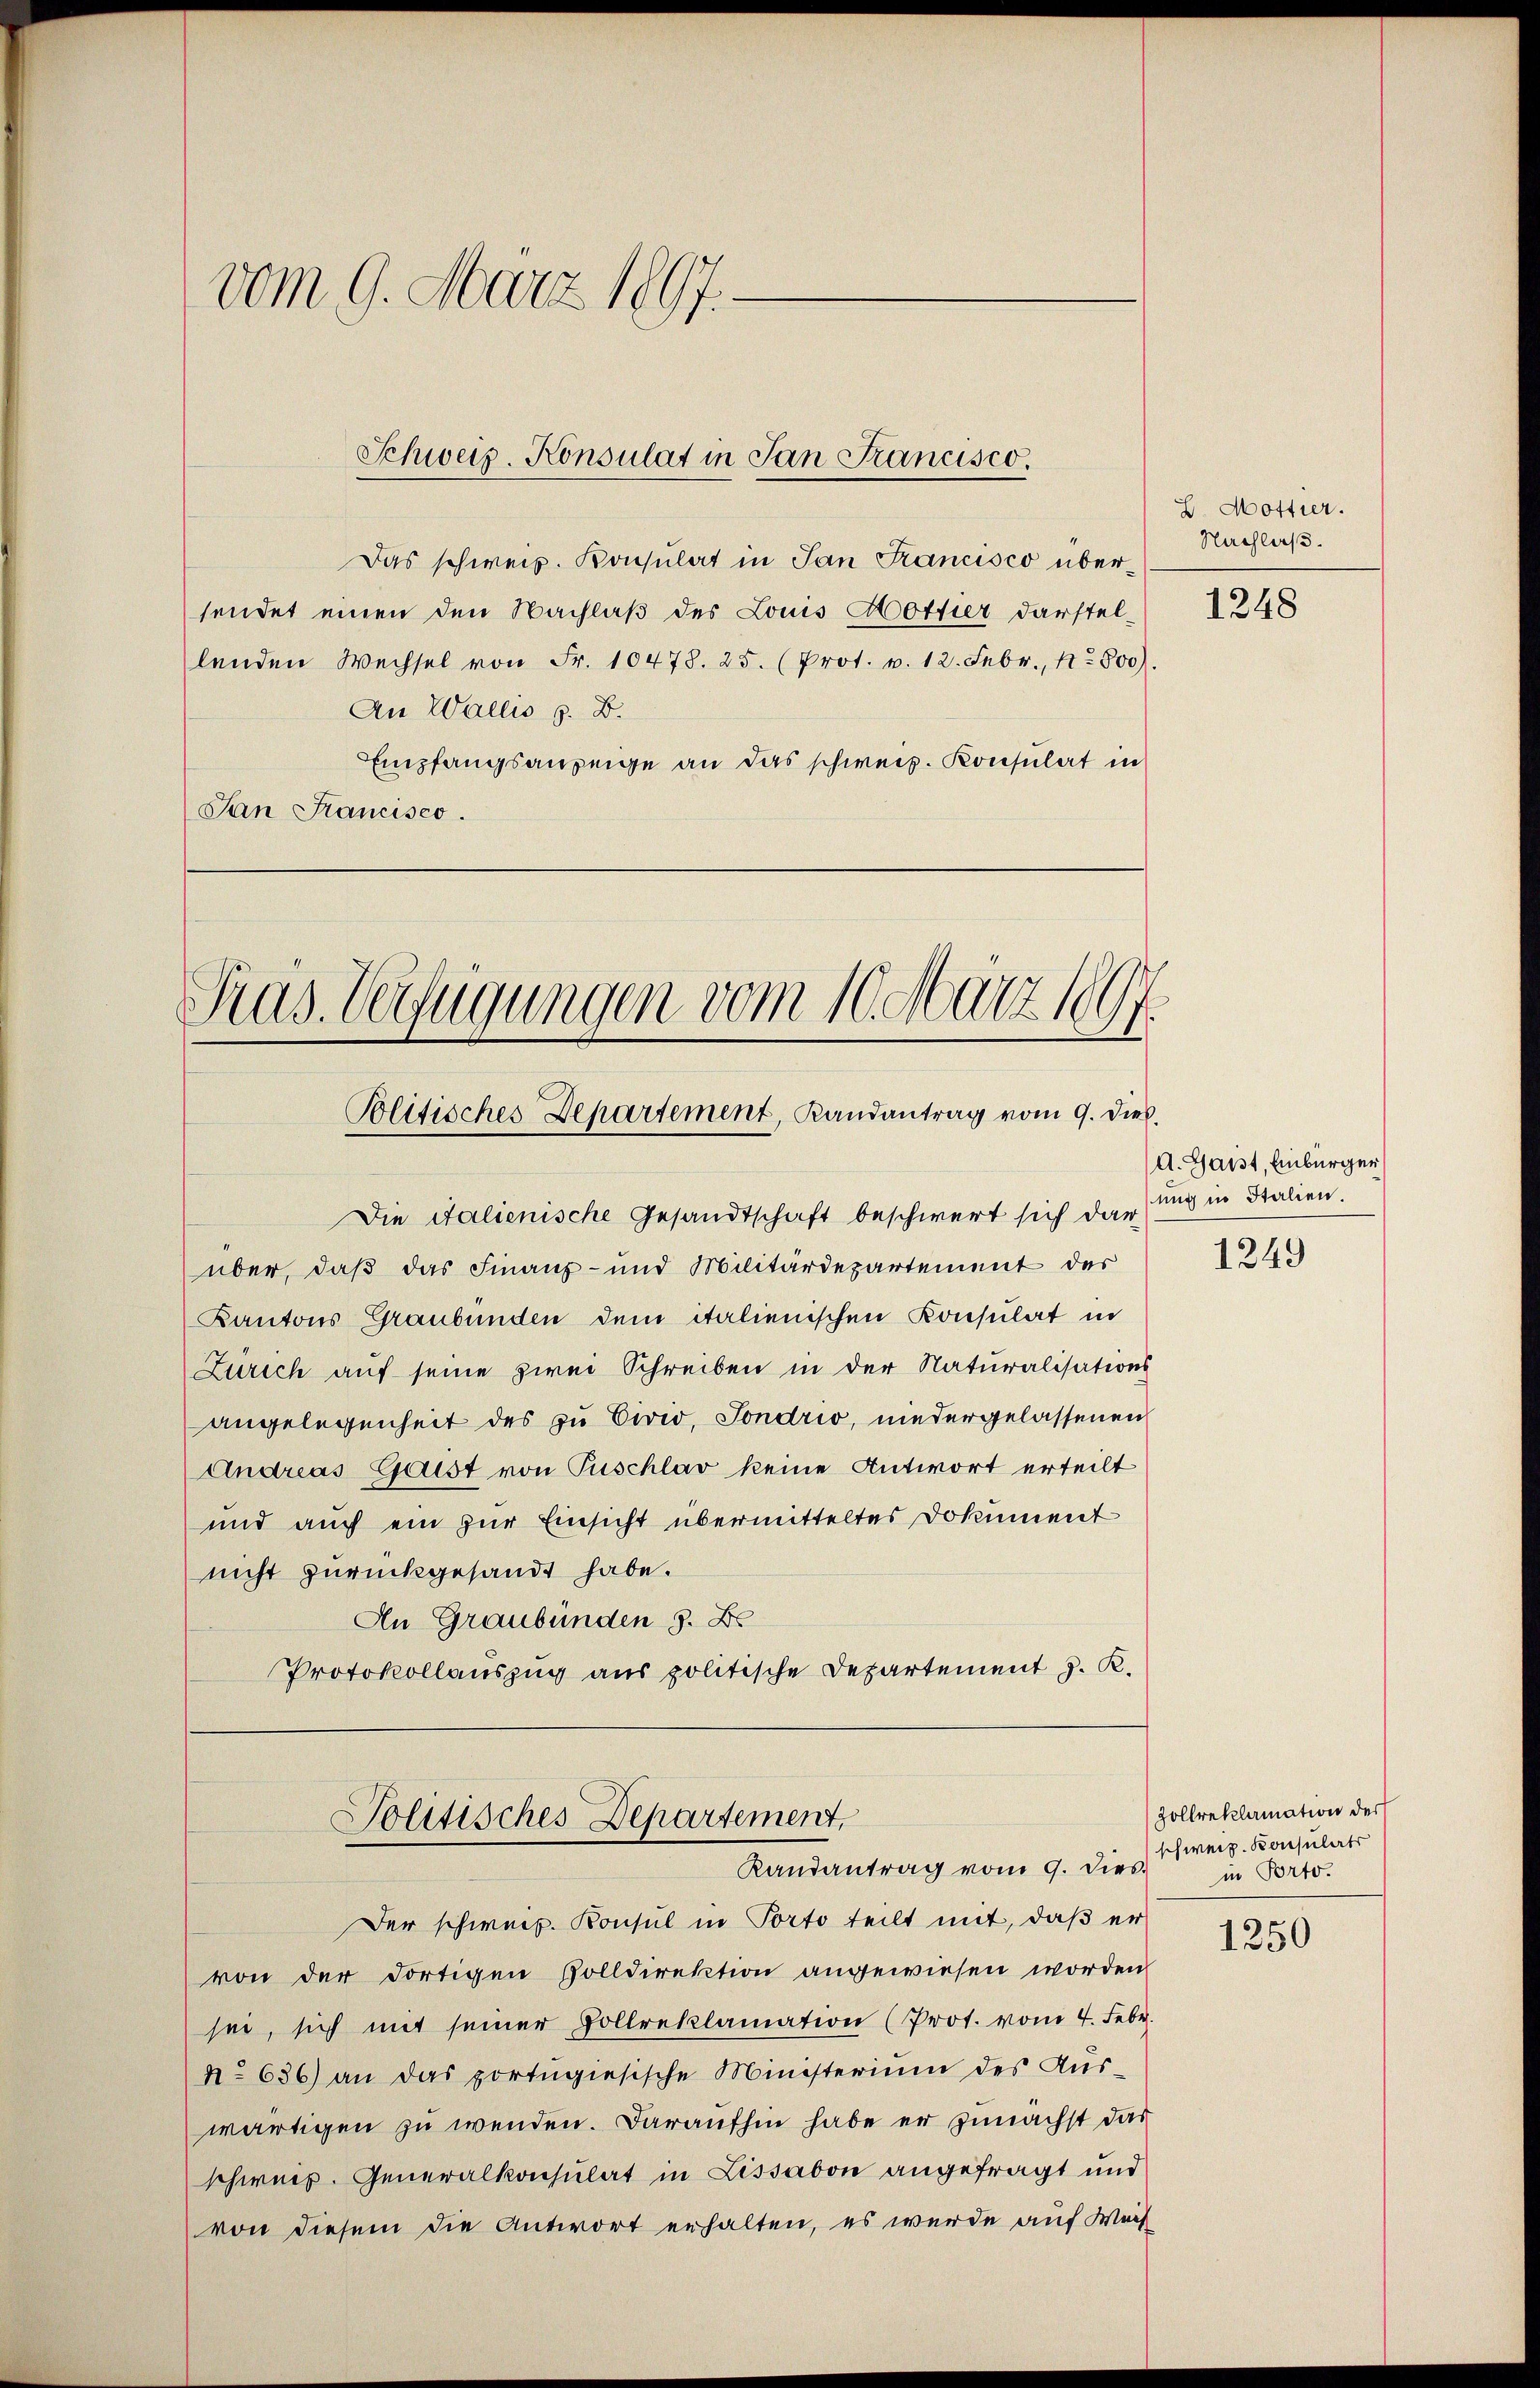
vom 9. März 1897.

Schweiz. Konsulat in San Francisco

Das schweiz. Konsulat in San Francisco übersendet einen den Nachlaß des Louis Hottier darstellenden Wechsel von Fr. 10478. 25. (Prot. v. 12. Febr., Nr. 800).
An Wallis z. B.
Empfangsanzeige an das schweiz. Konsulat in
San Francisco.

Pras. Verfügungen vom 10. März 1897.
Politisches Departement, Randantrag vom 9. Dieb.
Die Italienische Gesandtschaft beschwert sich dar

Politisches Departement,
Randantrag vom 9. dies

über, daß das Finanz- und Militärdepartement des
Kantons Graubünden dem italienischen Konsulat in
Zürich auf seine zwei Schreiben in der Naturalisations
angelegenheit des zu Eivio, Sondrio, niedergelassenen
Andreas Geist von Puschlav keine Antwort erteilt
und auch ein zur Einsicht übermitteltes Dokument
nicht zurückgesandt habe.
An Graubünden 9. Br
Protokollauszug aus politische Departement J. K.

Der schweiz. Konsul in Porto teilt mit, daß er
von der dortigen Zolldirektion angewiesen worden
sei, sich mit seiner Pollreklamation (Prot. vom 4. Febr.
No 636) an das portugisische Ministerium des Aŭs-
wärtigen zu wenden. Daraufhin habe er zunächst das
schweiz. Generalkonsulat in Lissabon angefragt und
von diesem die Antwort erhalten, es wurde auf Wach

H. Mottier.
Nachlaß.

1248

A. Gardt, Einbürger
ung in Italien.
1249

Zollreklamation der
schweiz. Konsulats
in Porto.

1250